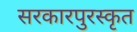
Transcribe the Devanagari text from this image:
सरकारपुरस्कृत